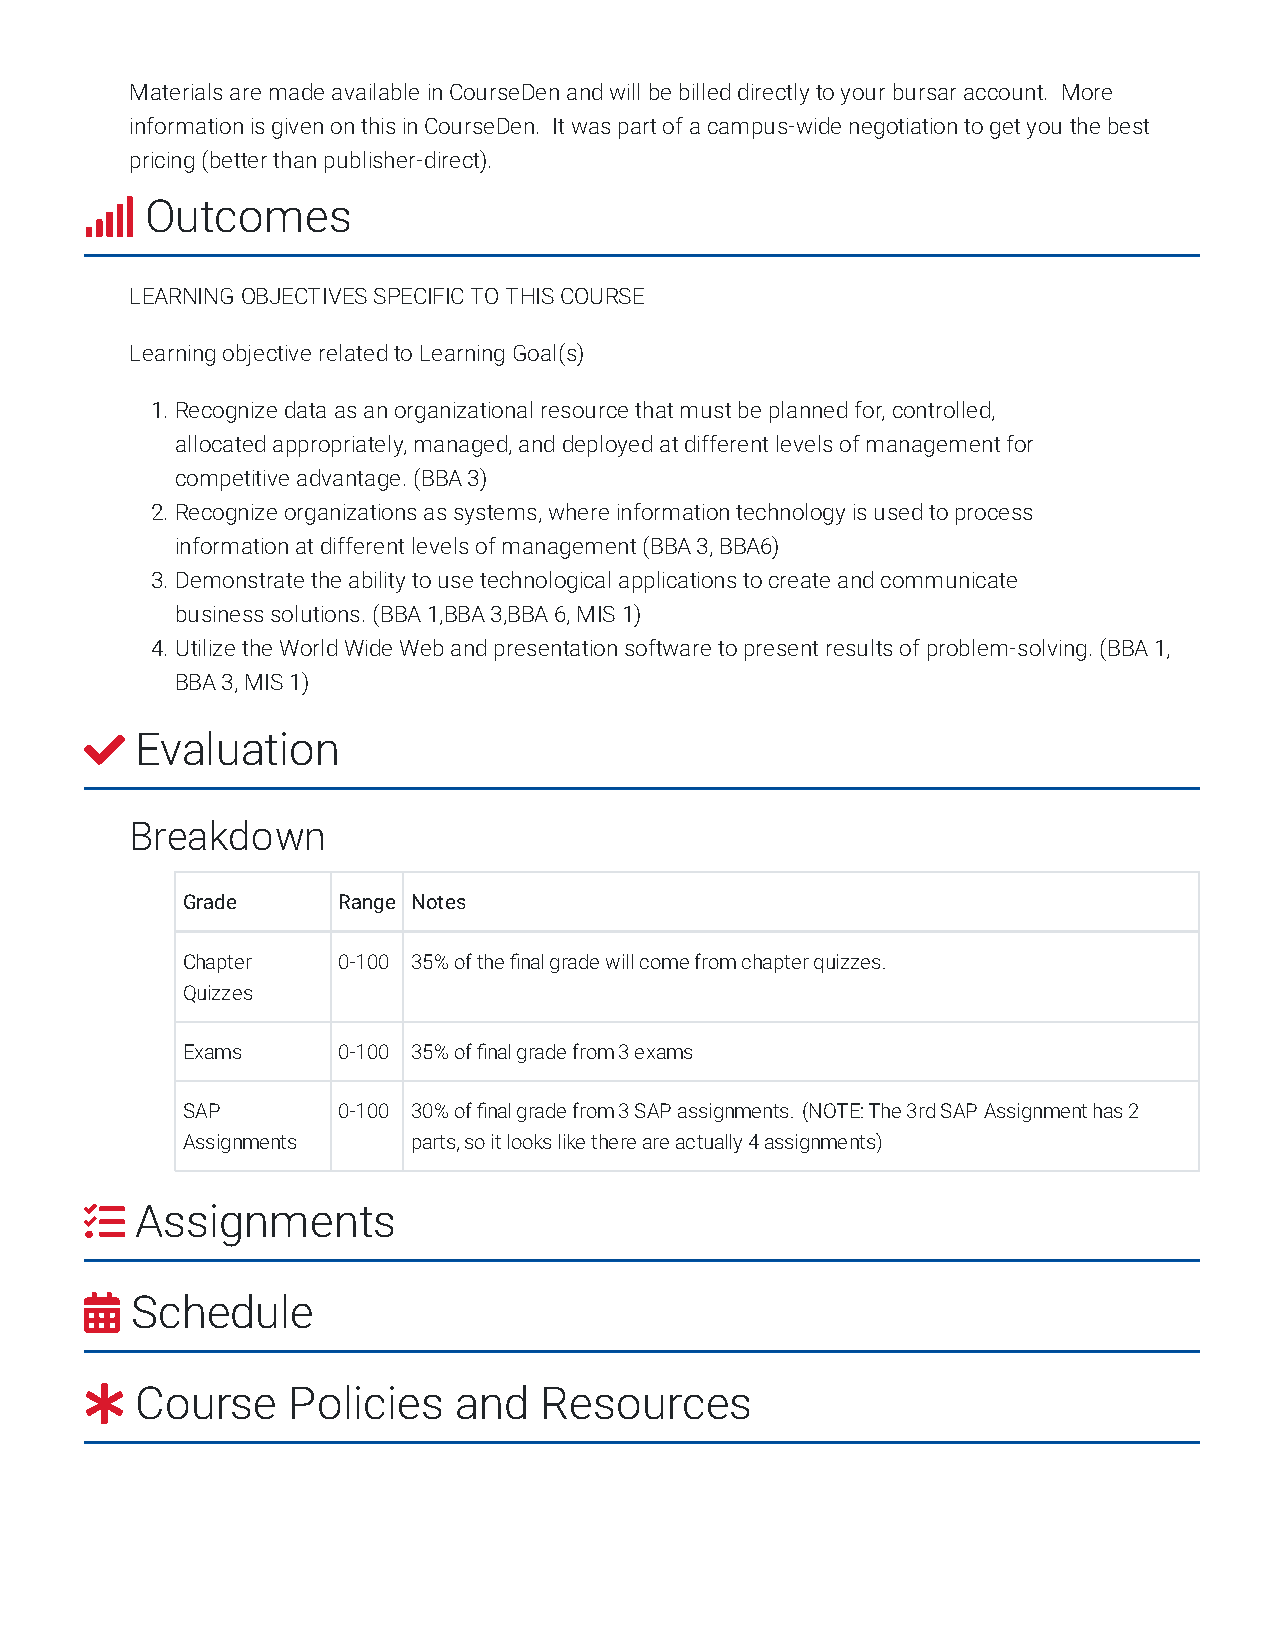
Materials are made available in CourseDen and will be billed directly to your bursar account. More
 information is given on this in CourseDen. It was part of a campus-wide negotiation to get you the best
 pricing (better than publisher-direct).
    Outcomes
 LEARNING OBJECTIVES SPECIFIC TO THIS COURSE
 Learning objective related to Learning Goal(s)
 1. Recognize data as an organizational resource that must be planned for, controlled,
 allocated appropriately, managed, and deployed at different levels of management for
 competitive advantage. (BBA 3)
 2. Recognize organizations as systems, where information technology is used to process
 information at different levels of management (BBA 3, BBA6)
 3. Demonstrate the ability to use technological applications to create and communicate
 business solutions. (BBA 1,BBA 3,BBA 6, MIS 1)
 4. Utilize the World Wide Web and presentation software to present results of problem-solving. (BBA 1,
 BBA 3, MIS 1)
   Evaluation
 Breakdown
 Grade     Range Notes
 Chapter   0-100 35% of the final grade will come from chapter quizzes.
 Quizzes
 Exams     0-100 35% of final grade from 3 exams
 SAP       0-100 30% of final grade from 3 SAP assignments. (NOTE: The 3rd SAP Assignment has 2
 Assignments    parts, so it looks like there are actually 4 assignments)
   Assignments
   Schedule
   Course    Policies   and   Resources